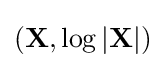
(\mathbf {X} ,\log |\mathbf {X} |)